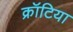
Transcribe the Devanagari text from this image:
क्रॉटिया